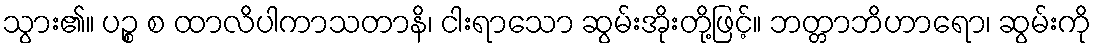
သွား၏။ ပဉ္စ စ ထာလိပါကာသတာနိ၊ ငါးရာသော ဆွမ်းအိုးတို့ဖြင့်။ ဘတ္တာဘိဟာရော၊ ဆွမ်းကို